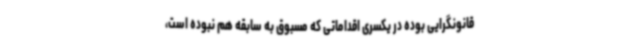
قانونگرایی بوده در یکسری اقداماتی که مسبوق به سابقه هم نبوده است،